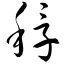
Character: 稃